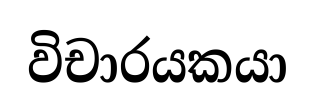
විචාරයකයා